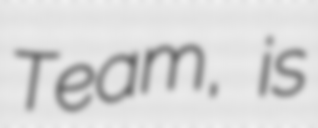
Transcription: Team, is